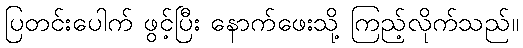
ပြတင်းပေါက် ဖွင့်ပြီး နောက်ဖေးသို့ ကြည့်လိုက်သည်။